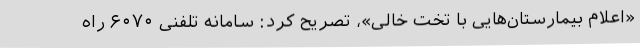
«اعلام بیمارستان‌هایی با تخت خالی»، تصریح کرد: سامانه تلفنی ۶۰۷۰ راه